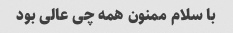
با سلام ممنون همه چی عالی بود